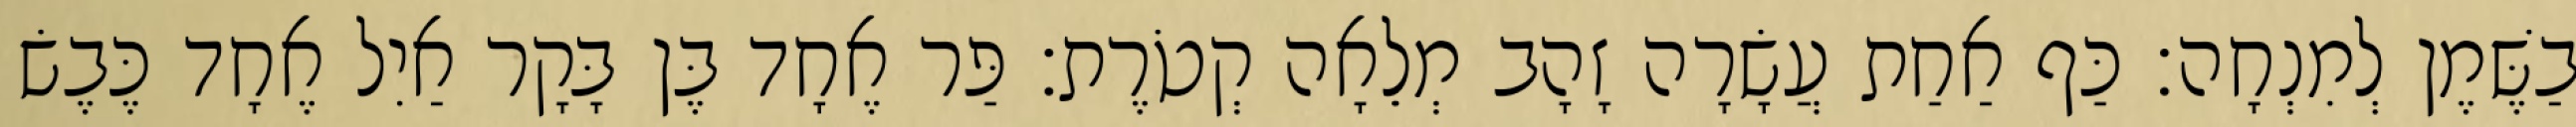
בַשֶּׁמֶן לְמִנְחָה׃ כַּף אַחַת עֲשָׂרָה זָהָב מְלֵאָה קְטֹרֶת׃ פַּר אֶחָד בֶּן בָּקָר אַיִל אֶחָד כֶּבֶשׂ